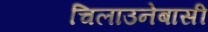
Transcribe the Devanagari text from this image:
चिलाउनेबासी